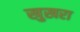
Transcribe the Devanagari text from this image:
खुखरा